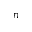
n